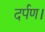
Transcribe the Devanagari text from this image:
दर्पण।